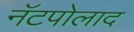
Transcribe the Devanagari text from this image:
नॅटपोलाद